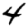
Digit: 4